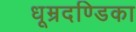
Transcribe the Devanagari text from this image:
धूम्रदण्डिका